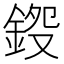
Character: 𨧍